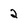
Character: 2